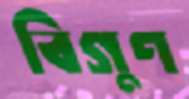
বিগুণ